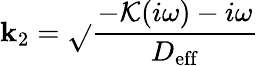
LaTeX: \mathbf{k}_{2}=\sqrt{}{{\frac{{-{\mathcal{K}(i\omega)-i\omega}}}{{D_{\mathrm{{eff}}}}}}}